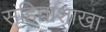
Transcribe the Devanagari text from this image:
संहिताशाखा